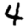
Digit: 4